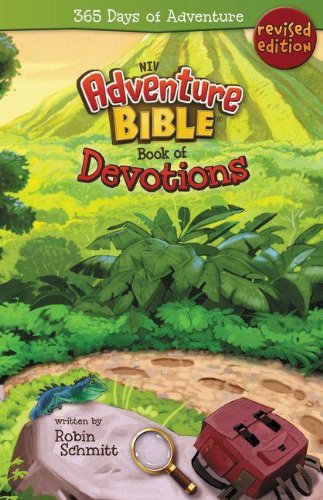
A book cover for Adventure Bible Book of Devotions, NIV: 365 Days of Adventure; Robin Schmitt; Christian Books & Bibles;